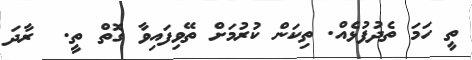
ތީ ހަމަ ތެދުފުޅެއް. ތިކަން ކުރުމަށް ތޭވިފައިވާ ގޮތް ތީ.  ރާދަ